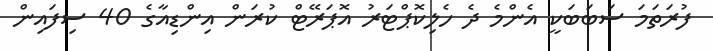
ފުރަތަމަ ސަބަބަކީ އެންމެ ދެ ހެލިކޮޕްޓަރު އޮޕަރޭޓް ކުރަން އިންޑިއާގެ 40 ސިފައިން